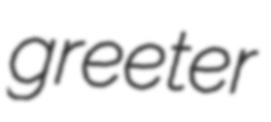
greeter